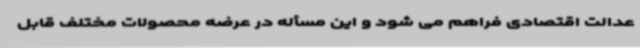
عدالت اقتصادی فراهم می شود و این مسأله در عرضه محصولات مختلف قابل